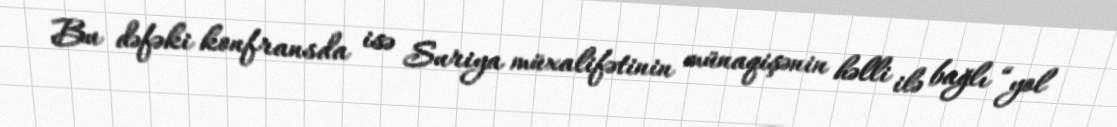
Bu dəfəki konfransda isə Suriya müxalifətinin münaqişənin həlli ilə bağlı “yol